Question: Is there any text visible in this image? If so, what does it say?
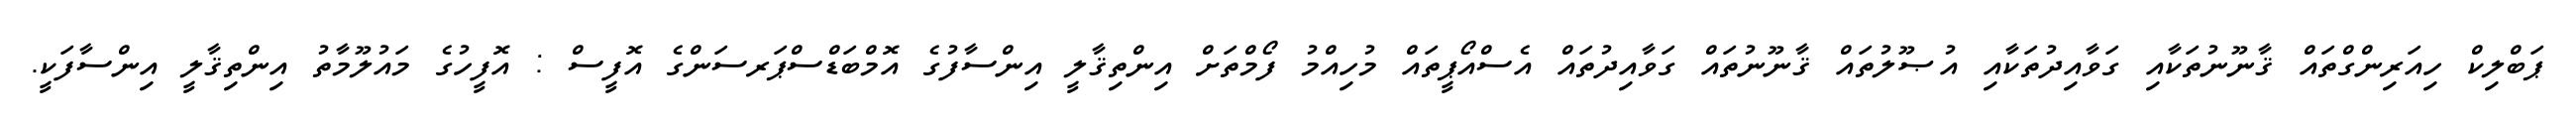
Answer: ޕަބްލިކް ހިއަރިންގްތައް ޤާނޫނުތަކާއި ގަވާއިދުތަކާއި އުޞޫލުތައް ޤާނޫނުތައް ގަވާއިދުތައް އެސްއޯޕީތައް މުހިއްމު ފޯމްތަށް އިންތިޤާލީ އިންސާފުގެ އޮމްބަޑްސްޕަރސަންގެ އޮފީސް : އޮފީހުގެ މައުލޫމާތު އިންތިޤާލީ އިންސާފަކީ.